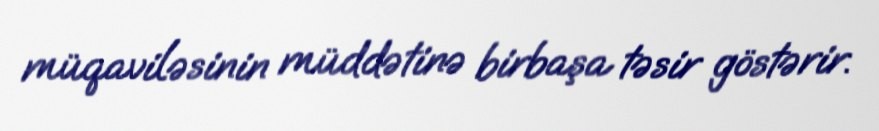
müqaviləsinin müddətinə birbaşa təsir göstərir.